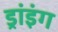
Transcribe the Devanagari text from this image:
ड्रांइंग